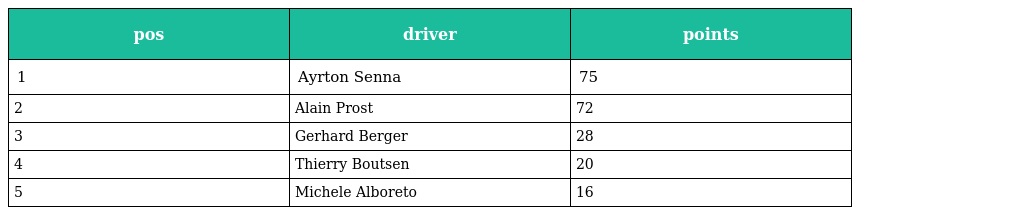
| pos | driver | points |
 | --- | --- | --- |
 | 1 | Ayrton Senna | 75 |
 | 2 | Alain Prost | 72 |
 | 3 | Gerhard Berger | 28 |
 | 4 | Thierry Boutsen | 20 |
 | 5 | Michele Alboreto | 16 |